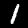
Label: 1